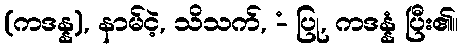
(ကဒန္န), နာမ်ငဲ့, သိသက်, -ံ ပြု, ကဒန္နံ ပြီး၏။